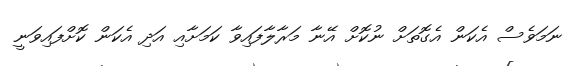
ނަމަވެސް އެކަން އެގޮތަށް ނުކޮށް އޭނާ މަރާލާފައިވާ ކަމަށާއި އަދި އެކަން ކޮށްފައިވަނީ